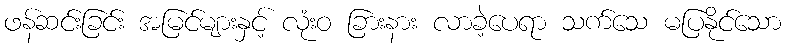
ဖန်ဆင်းခြင်း အမြင်များနှင့် လုံးဝ ခြားနား လာခဲ့ပေရာ သက်သေ မပြနိုင်သော